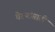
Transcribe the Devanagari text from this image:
वेश्यांसाठी